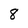
Character: 8